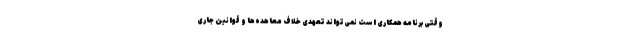
وقتی برنامه همکاری است نمی‌تواند تعهدی خلاف معاهده‌ها و قوانین جاری